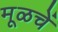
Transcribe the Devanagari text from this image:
मूळचें